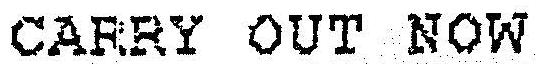
CARRY OUT NOW